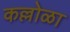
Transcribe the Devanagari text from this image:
कल्लोळा